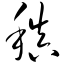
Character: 稹